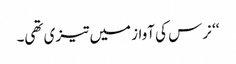
‘‘ نرس کی آواز میں تیزی تھی۔